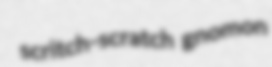
scritch-scratch gnomon